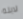
لابنه